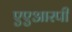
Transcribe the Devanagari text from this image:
एएआरपी